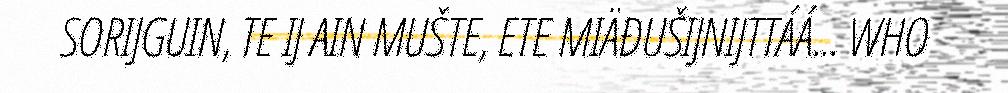
SORIJGUIN, TE IJ AIN MUŠTE, ETE MIÄĐUŠIJNIJTTÁÁ... WHO